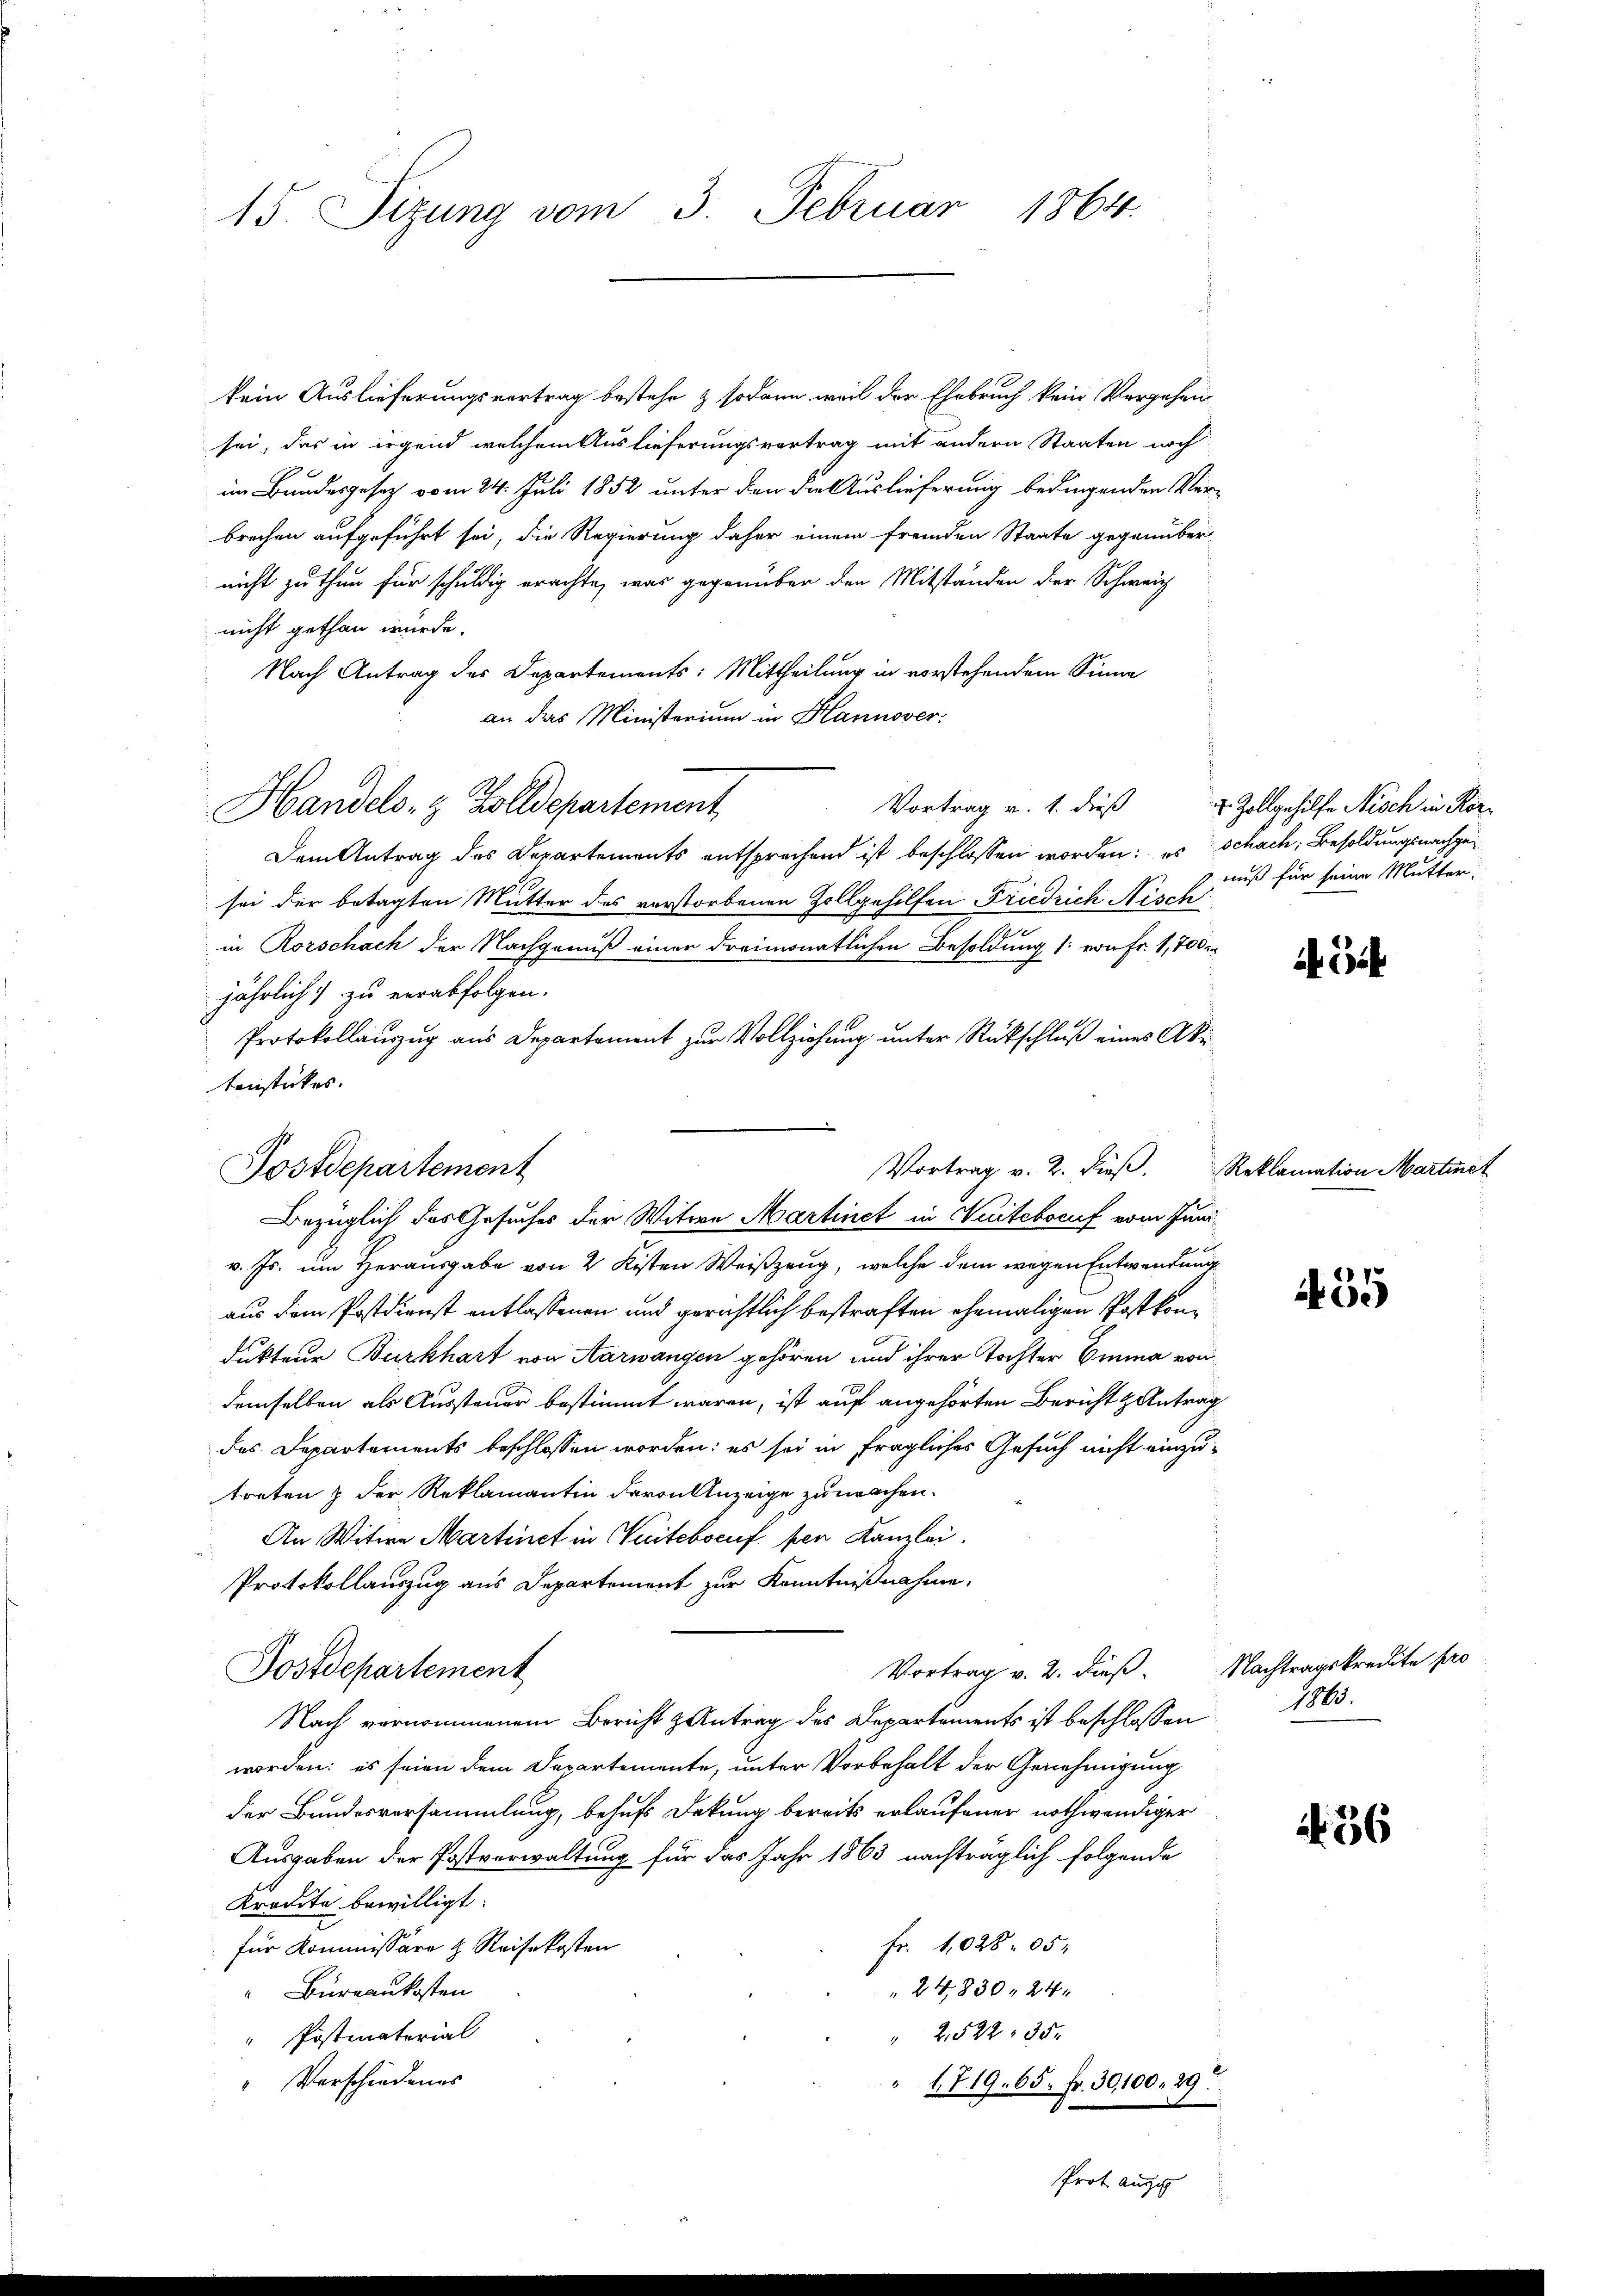
15. Sizung vom 3. Februar 1864.

kein Auslieferungsvertrag bestehe & sodann weil der Ehebruch kein Vergehen
sei, das in irgend welchem Auslieferungsvortrag mit andern Staaten noch
im Bundesgesetz vom 24. Juli 1852 unter den die Auslieferung bedingenden Ver-
brechen aufgeführt sei, die Regierung daher einem fremden Staate gegenüber-
nicht zu thun für schuldig erachte, was gegenüber den Mitständen der Schweiz
nicht gethan würde.
Nach Antrag des Departements: Mittheilung in vorstehendem Sinne
an das Ministerium in Hannover;
Handels- & Zolldepartement
Dem Antrag des Departements entsprechend ist beschlossen worden: es schach, Besoldungsnachgesei der betagten Mutter des verstorbenen Zollgehilfen Friedrich Nisch
in Rorschäch der Nachgenuß einer dreimonatlichen Besoldung (: von Fr. 1,700 i
jährlich zu verabfolgen.
Protokollauszug aus Departement zur Vollziehung unter Rückschluß eines Akutenstückes.
v. Js. um Herausgabe von 2 Kisten Weiszeug, welche dem wegen Entwendung
aus dem Postdienst entlassenen und gerichtlich bestraften ehemaligen Postkondukteur Burkhart von Aarwangen gehören und ihrer Tochter Emma von
demselben als Aussteuer bestimmt waren, ist auf angehörten Bericht antrag
des Departements beschlossen worden: es sei in fragliches Gesuch nicht einzutreten & der Reklamantin davon Anzeige zu machen.
An Witwe Martinet in Suitebocuf. per Kanzlei.
Protokollauszug aus Departement zur Kenntnißnahme,
Vortrag v. 2. dieß. Nachtragskredite pro
Postdepartement
Nach vernommenem Bericht Antrag des Departements ist beschlossen
worden; es seien dem Departemente, unter Vorbehalt der Genehmigung
der Bundesversammlung, behufs Dekung bereits erlaufener nothwendiger
Ausgaben der Postverwaltung für das Jahr 1863 nachträglich folgende
Kreute bewilligt.
Fr. 1028 05
für Kommissäre & Reisekosten
24,830, 24 x
Büreaukosten
" 2,522, 35.
 Postmaterial
Verschiedenes
1719. 65. Fr. 30,100. 29.
Prot aussch

Postdepartement

Vortrag v. 2. dieß. Reklamation Martine
Bezüglich des Gesuches der Witwe Martinet in Nuitebocuf vom Juni¬

Vortrag v. 1. dieß 2 Zollgehilfe Nisch in Kor-

nuß für seine Mutter.

i

455

1863.

56

t